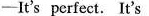
-It's perfect. It's